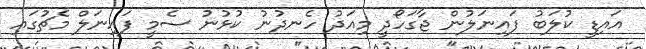
އައިޑީ ކުލަބު ފައިނަލުން ޖާގަހޯދީ މިއަދު ހެނދުނު ކުޅުނު ސެމީ ފައިނަލް މެޗުގައި